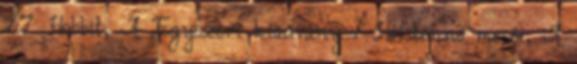
27 Hobbit, A Egyszeri kiadvány 1 Hóistennõ meséi, A